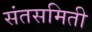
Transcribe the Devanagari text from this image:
संतसमिती